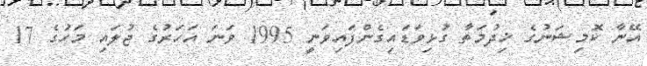
އޭނާ ކޮމިޝަނުގެ ޚިދުމަތާ ގުޅިވަޑައިގެންފައިވަނީ 1995 ވަނަ އަހަރުގެ ޖުލައި މަހުގެ 17